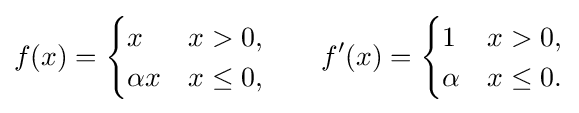
f(x)={\begin{cases}x&x>0,\\\alpha x&x\leq 0,\end{cases}}\qquad f'(x)={\begin{cases}1&x>0,\\\alpha &x\leq 0.\end{cases}}